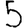
Digit: 5